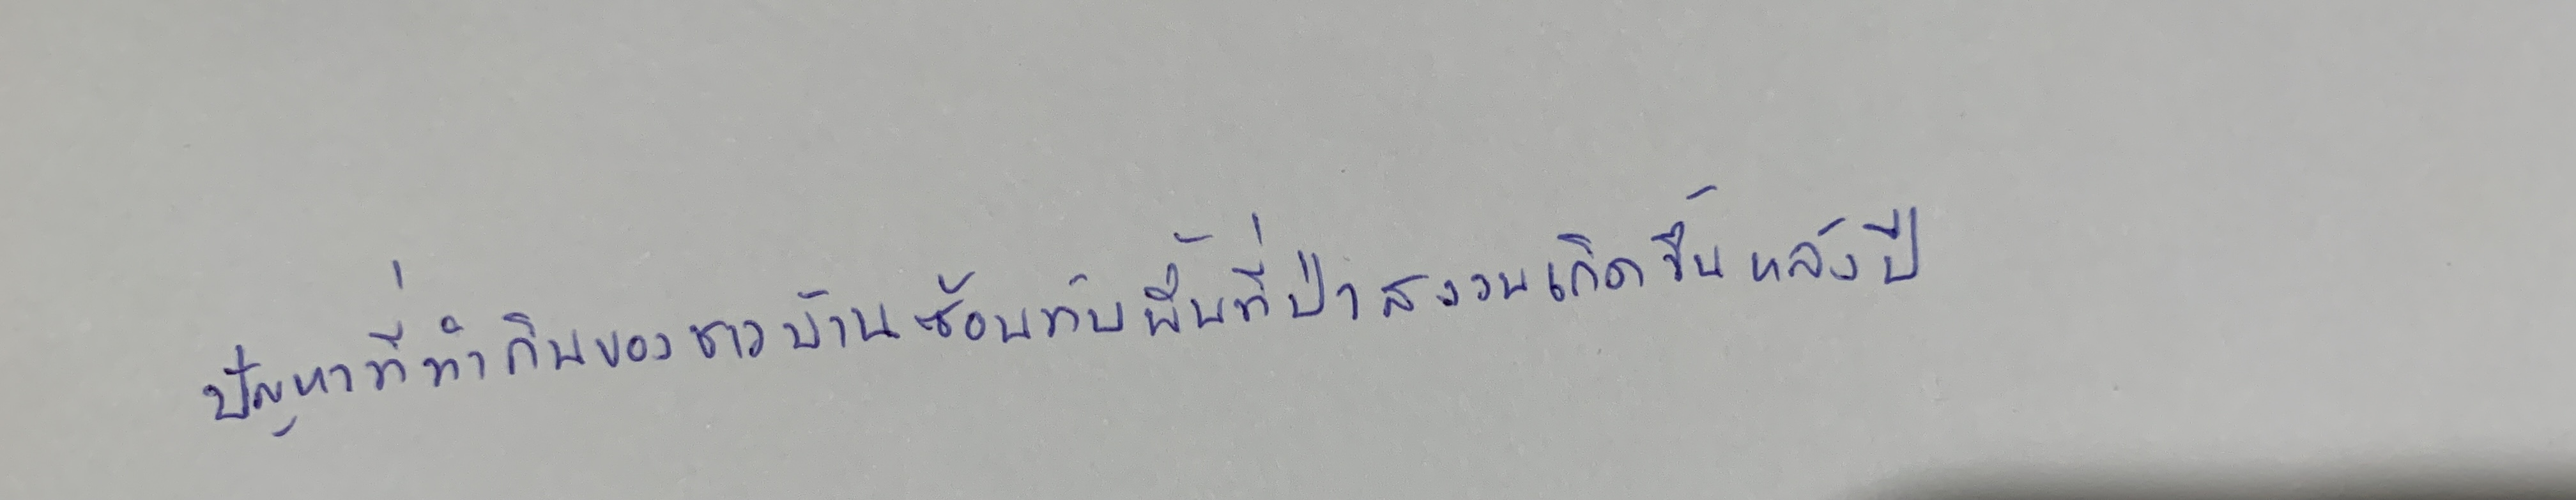
ปัญหาที่ทำกินของชาวบ้านซ้อนทับพื้นที่ป่าสงวนเกิดขึ้นหลังปี